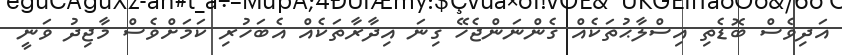
އަދިވެސް ބޮޑެތި އިސްލާޙުތަކެއް ގެންނަންޖެހޭ ގިނަ އިދާރާތަކެއް އެބަހުރި ކަމަށްވެސް މާޖިދު ވަނީ